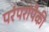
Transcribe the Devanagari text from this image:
परंपरांपैकी